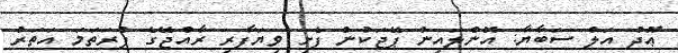
ޢޫދު އަލް ސަބާޔާ: އޮންލައިން ޕޭޖަކުން ފެށި ވިޔަފާރި ރާއްޖޭގެ ފުރަތަމަ އަތަރު